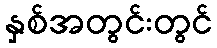
နှစ်အတွင်းတွင်